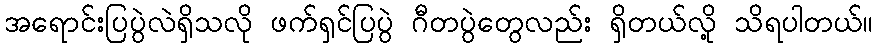
အရောင်းပြပွဲလဲရှိသလို ဖက်ရှင်ပြပွဲ ဂီတပွဲတွေလည်း ရှိတယ်လို့ သိရပါတယ်။